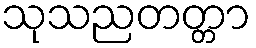
သုသညတတ္တာ